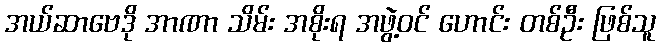
အယ်ဆာဗေဒို အာဏာ သိမ်း အစိုးရ အဖွဲ့ဝင် ဟောင်း တစ်ဦး ဖြစ်သူ